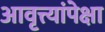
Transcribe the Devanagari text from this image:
आवृत्त्यांपेक्षा